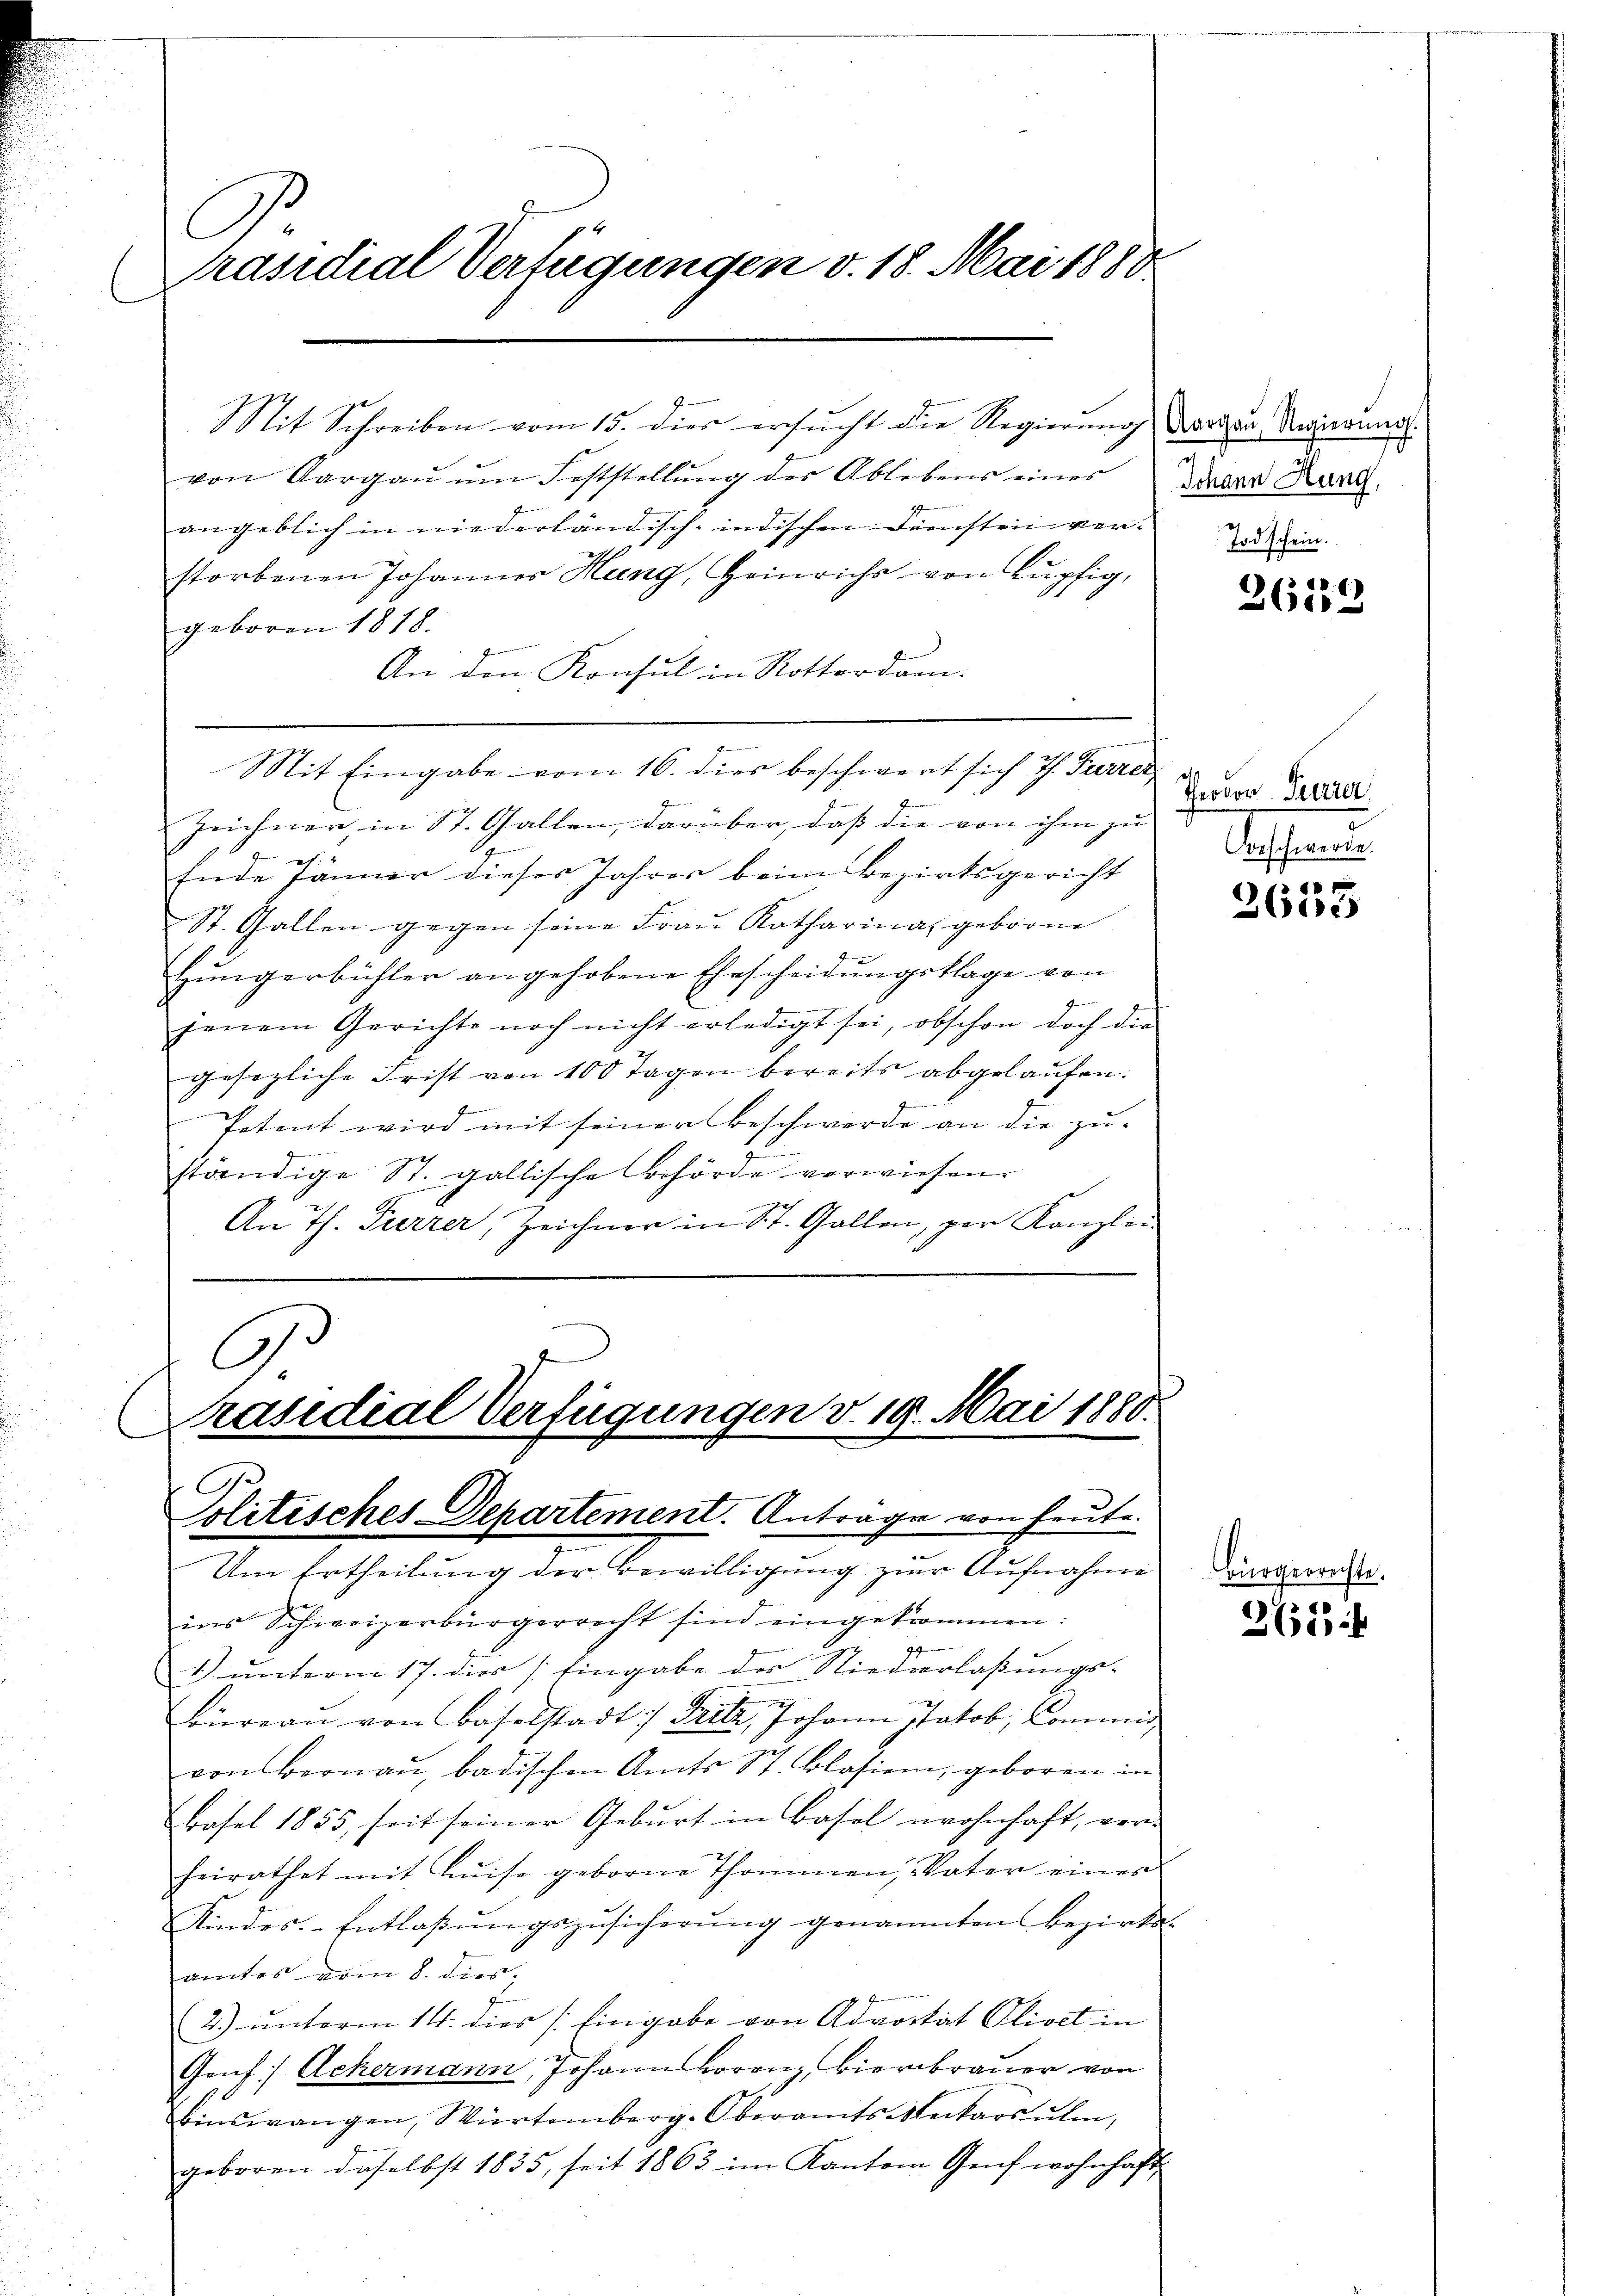
C
Präsidial Verfügungen v. 18. Mai 1888.

Mit Schreiben vom 15. dies ersucht die Regierung darau Neuerung.
von Aargaŭ ŭm Feststellung der Ablebens eines
angeblich in niederländisch-indischen Diensten verstorbenen Johannes Hang, Heinrichs von Lupfig,
geboren 1818.
An den Konsul in Rotterdam.
Zeichnen, in St. Gallen, darüber, daß die von ihm zu Ende
t
.
Ende Jänner dieses Jahres beim Bezirksgericht
St. Gallen gegen seine Frau Katharina, geborene
Hungerbühler angehobene Ehescheidungsklage von
4
jenem Gerichte noch nicht erledigt sei, obschon doch die
gesezliche Frist von 100 Tagen bereits abgelaufen.
Petent wird mit seiner Beschwerde an die zu-
2
ständige St. gallische Behörde verwiesen.
An Th. Furrer, Zeichner in St. Gallen, per Kanzlei-

Mit Eingabe vom 16. dies beschwert sich Th. Furrer,

C
Präsidial Verfügungen v. 19. Mai 1888.
Politisches Departement. Anträge von heute.

Um Ertheilung der Bewilligung zur Aufnahme
ins Schweizerbürgerrecht sind eingekommen:
1) unterm 17. dies 1 Eingabe des Niederlaßungs-
Büreau von Baselstadt :/ Fritz, Johann Jakob, Commis
von Bernau, badischen Amts St. Blasien, geboren in
Basel 1855, seit seiner Geburt in Basel wohnhaft, ver-
heirathet mit Luise geborne Thommen, Vater einer
Kindes-Entlassŭngszusicherŭng genannten Bezirks-
amtes vom 8. dies
2) unterm 14. dies [Eingabe von Advokat Olivet in
Genf Ackermann, Johann Horanz, Bierbrauer von
Einswangen, Würtemberg. Oberamts Meckarsŭlm,
geboren daselbst 1835, seit 1863 im Kanton Geif wohnhaft

Johann Hung,
Todschein.

i

2612

Theodor Pierrer

1
360

ichte

261 f